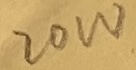
Text: 20W